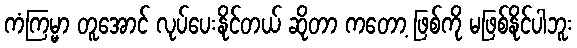
ကံကြမ္မာ တူအောင် လုပ်ပေးနိုင်တယ် ဆိုတာ ကတော့ ဖြစ်ကို မဖြစ်နိုင်ပါဘူး